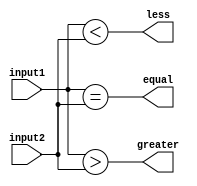
module comparator_64bit (
  input [63:0] input1,
  input [63:0] input2,
  output equal,
  output greater,
  output less
);

assign equal = (input1 == input2);
assign greater = (input1 > input2);
assign less = (input1 < input2);

endmodule